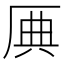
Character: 𠩷